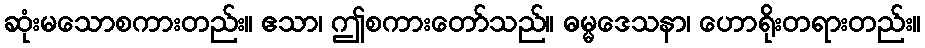
ဆုံးမသောစကားတည်း။ ဧသာ၊ ဤစကားတော်သည်။ ဓမ္မဒေသနာ၊ ဟောရိုးတရားတည်း။